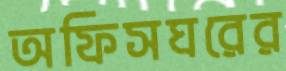
অফিসঘরের